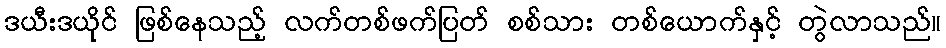
ဒယီးဒယိုင် ဖြစ်နေသည့် လက်တစ်ဖက်ပြတ် စစ်သား တစ်ယောက်နှင့် တွဲလာသည်။